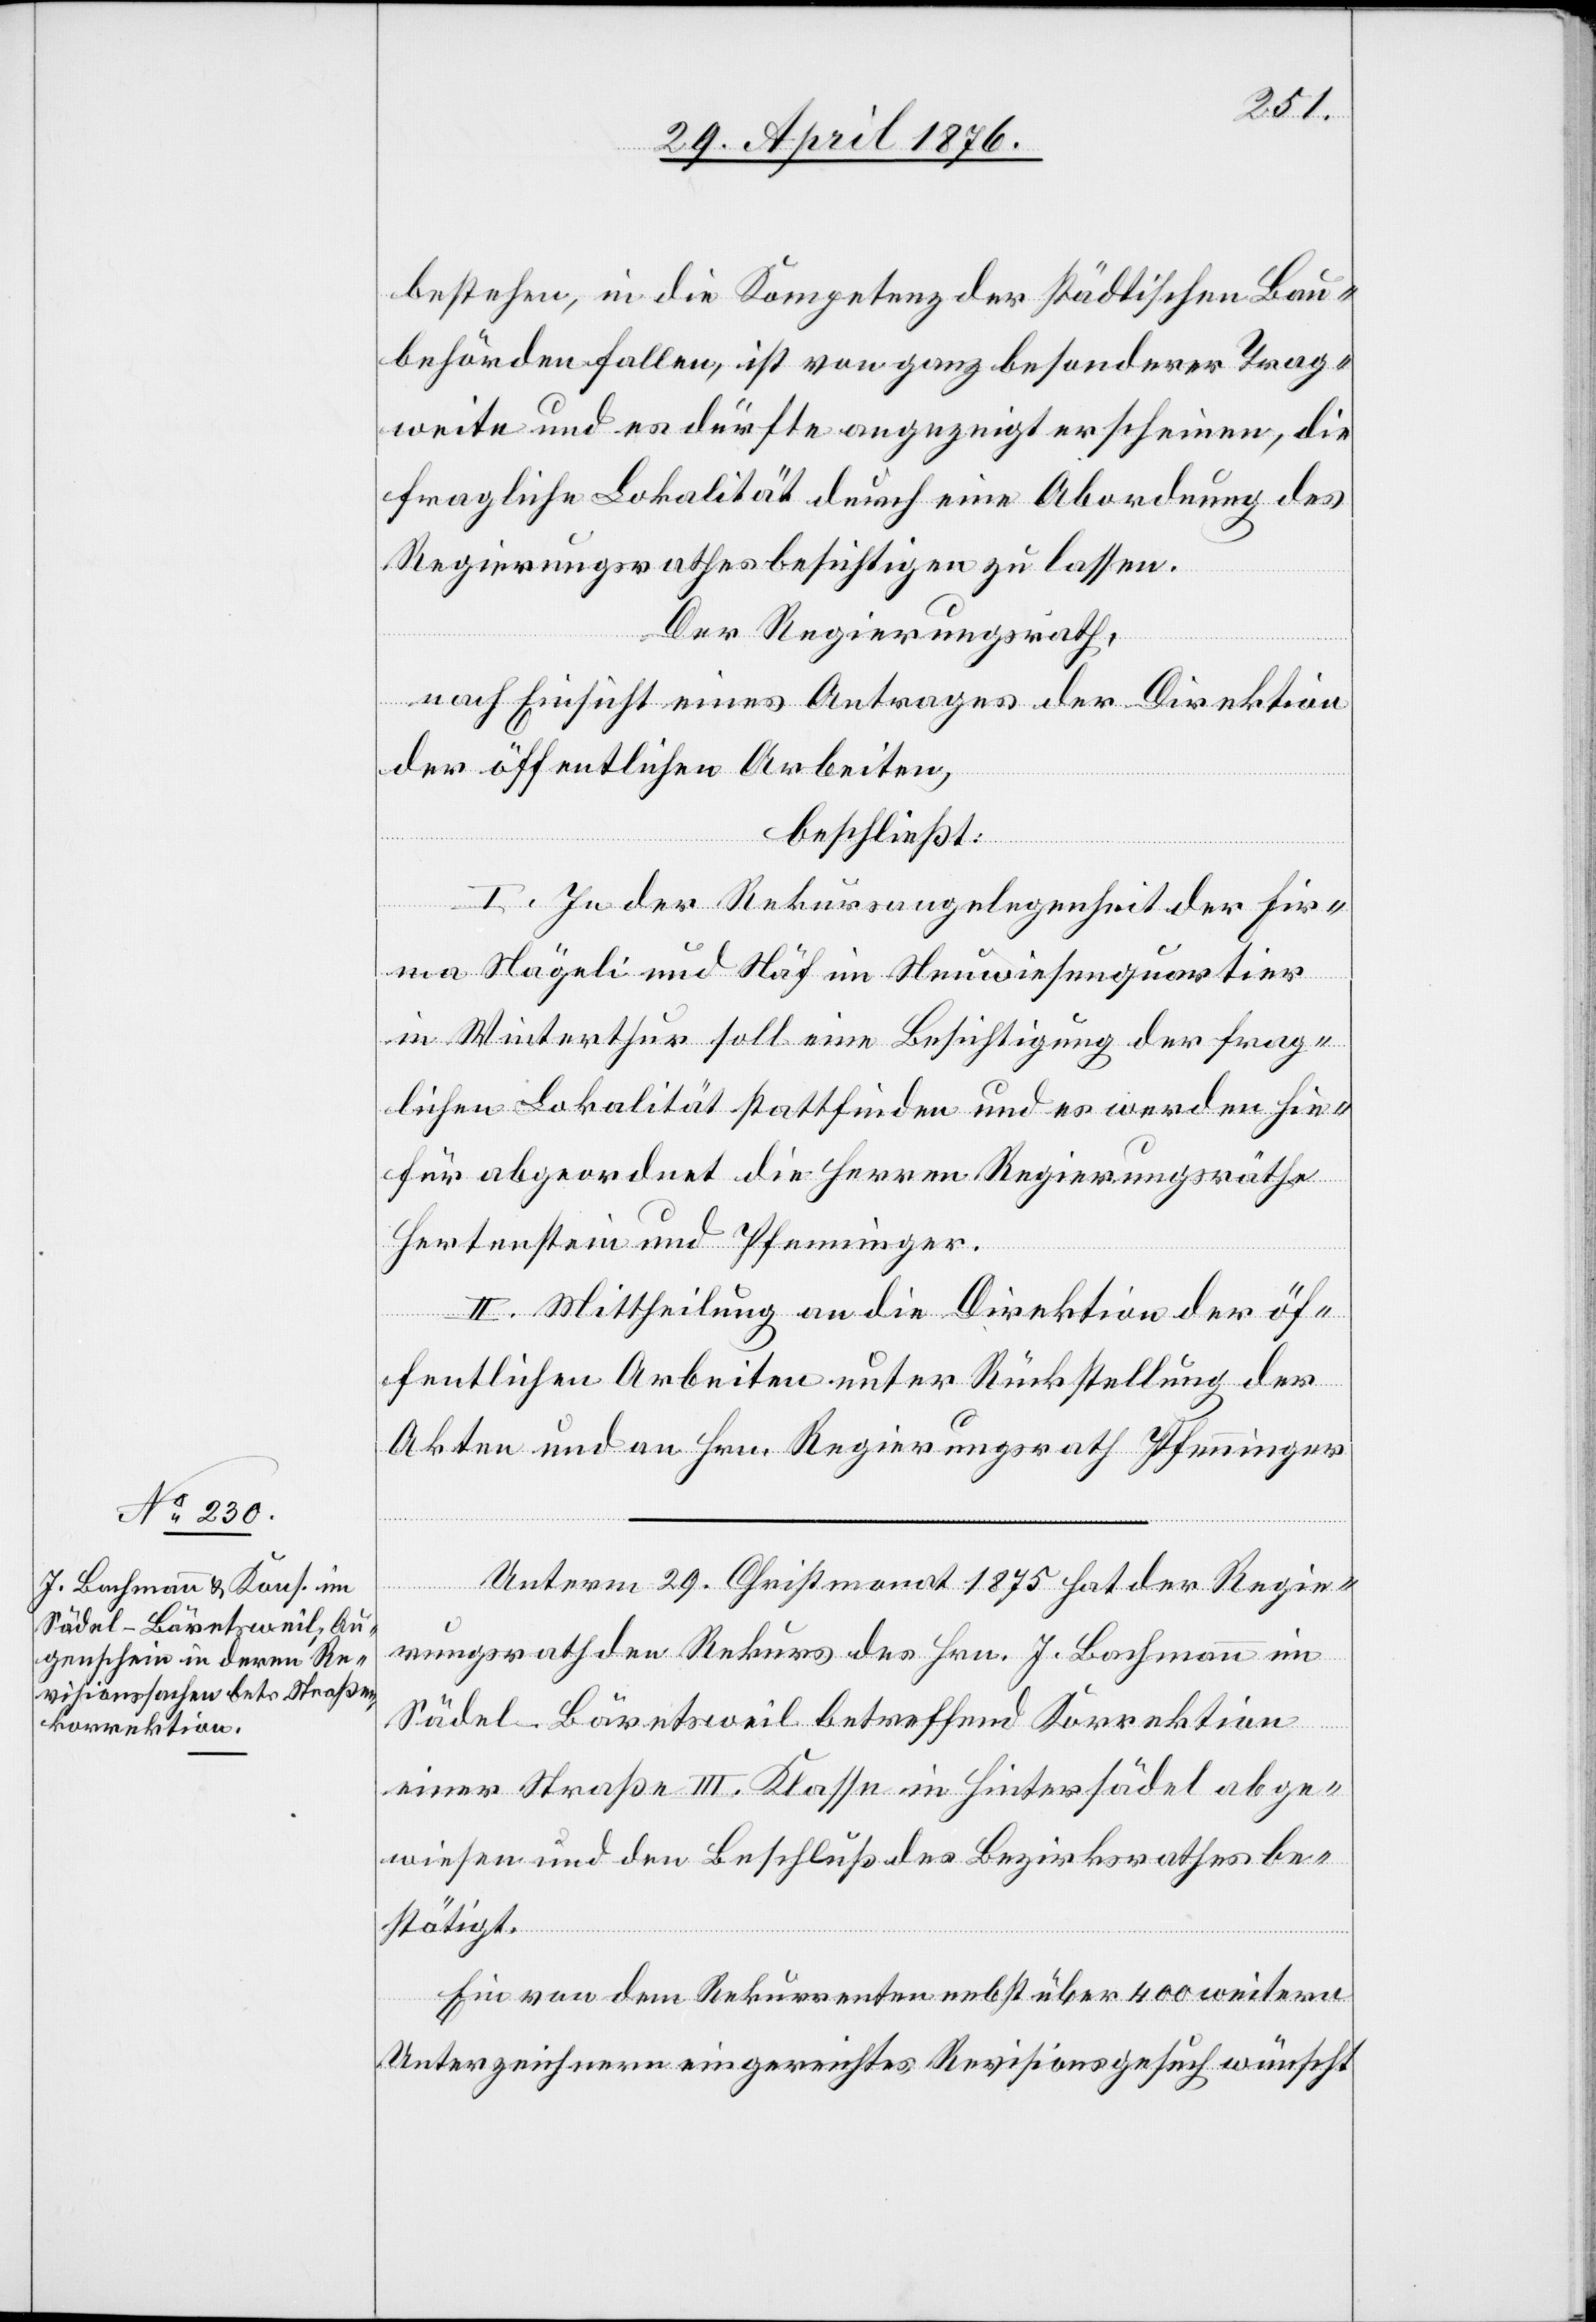
bestehen, in die Kompetenz der städtischen Bau¬
behörden fallen, ist von ganz besonderer Trag¬
weite und es dürfte angezeigt erscheinen, die
fragliche Lokalität durch eine Abordnung des
Regierungsrathes besichtigen zu lassen.
Der Regierungsrath,
nach Einsicht eines Antrages der Direktion
der öffentlichen Arbeiten,
beschließt:
I. In der Rekursangelegenheit der Fir¬
ma Nägeli und Näf im Neuwiesenquartier
in Winterthur soll eine Besichtigung der frag¬
lichen Lokalität stattfinden und es werden hie¬
für abgeordnet die Herren Regierungsräthe
Hertenstein und Pfenninger.
II. Mittheilung an die Direktion der öf¬
fentlichen Arbeiten unter Rückstellung der
Akten und an Hrn. Regierungsrath Pfenninger.
Unterm 29. Christmonat 1875 hat der Regie¬
rungsrath den Rekurs des Hrn. J. Bachmann in
Sädel - Bäretsweil betreffend Korrektion
einer Straße III. Klasse in Hintersädel abge¬
wiesen und den Beschluß des Bezirksrathes be¬
stätigt.
Ein von dem Rekurrenten nebst über 400 weitern
Unterzeichnern eingereichtes Revisionsgesuch wünscht